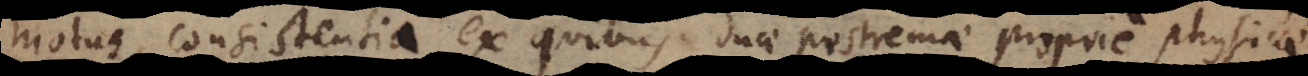
motus, consistentia, ex quibus duae postremae proprie physi